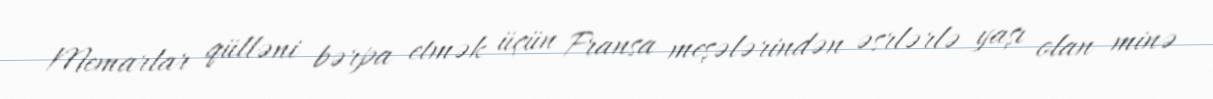
Memarlar qülləni bərpa etmək üçün Fransa meşələrindən əsrlərlə yaşı olan minə